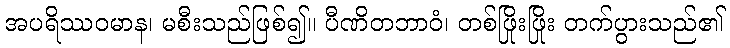
အပရိဿဝမာန၊ မစီးသည်ဖြစ်၍။ ပီဏိတဘာဝံ၊ တစ်ဖြိုးဖြိုး တက်ပွားသည်၏